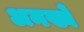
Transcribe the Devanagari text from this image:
अनख्वे